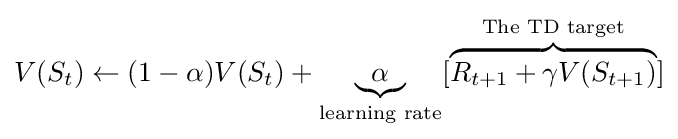
V(S_{t})\leftarrow (1-\alpha )V(S_{t})+\underbrace {\alpha } _{\text{learning rate}}[\overbrace {R_{t+1}+\gamma V(S_{t+1})} ^{\text{The TD target}}]